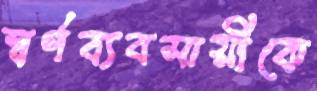
স্বর্ণব্যবসায়ীকে